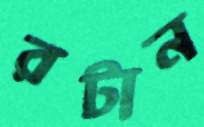
রটান